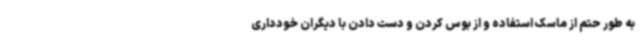
به طور حتم از ماسک استفاده و از بوس کردن و دست دادن با دیگران خودداری